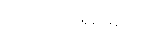
ပါဝင်လိမ့်မည်